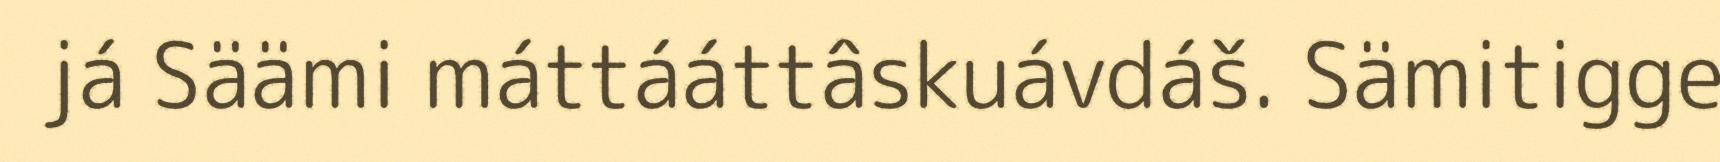
já Säämi máttááttâskuávdáš. Sämitigge